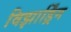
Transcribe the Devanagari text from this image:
विझार्ड्रिंग